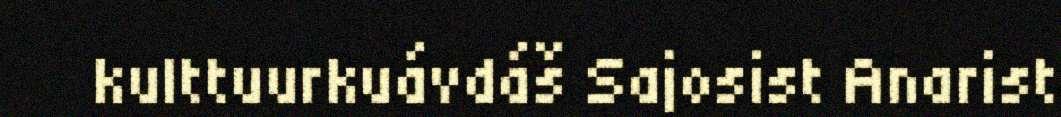
kulttuurkuávdáš Sajosist Anarist